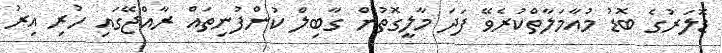
ޑޮލަރުގެ ބޮޑު މުއާމަލާތްކުރެވޭ ފަދަ މާލީގޮތުން ގާބިލް ކުންފުނިތައް ރާއްޖޭގައި ހުރި އިރު